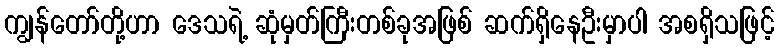
ကျွန်တော်တို့ဟာ ဒေသရဲ့ ဆုံမှတ်ကြီးတစ်ခုအဖြစ် ဆက်ရှိနေဦးမှာပါ အစရှိသဖြင့်